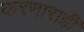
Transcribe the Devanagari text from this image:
करणाराही